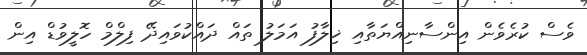
ވެސް ކުރެވެން އިންސާނިއްޔަތާއި ޚިލާފު އަމަލު ތައް ދައްކުވައިދޭ ފިލްމް ހޮލީވުޑް އިން